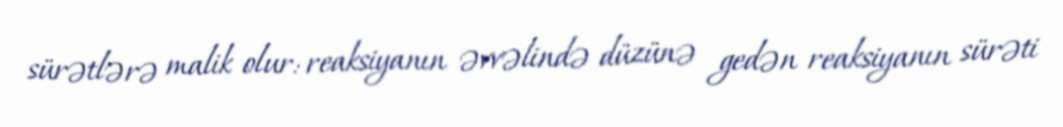
sürətlərə malik olur: reaksiyanın əvvəlində düzünə gedən reaksiyanın sürəti